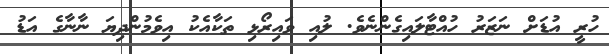
ހުރީ އުޑަށް ނަޒަރު ހުއްޓާލައިގެންނެވެ. ލުއި ވައިރޯޅި ތަކާއެކު އިވެމުންދިޔަ ނާނާގެ އަޑު